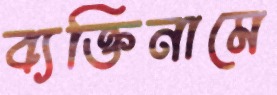
ব্যক্তিনামে